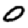
Digit: 0